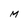
Character: M